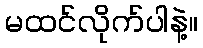
မထင်လိုက်ပါနဲ့။